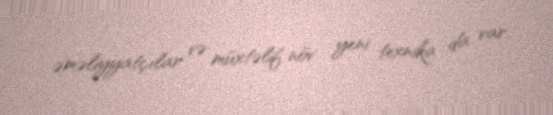
əməliyyatçılar və müxtəlif növ yeni texnika da var.